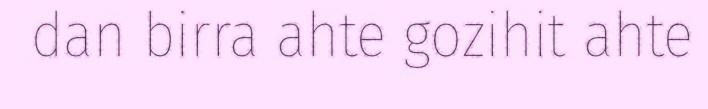
dan birra ahte gozihit ahte